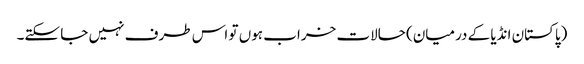
(پاکستان انڈیا کے درمیان) حالات خراب ہوں تو اس طرف نہیں جا سکتے۔